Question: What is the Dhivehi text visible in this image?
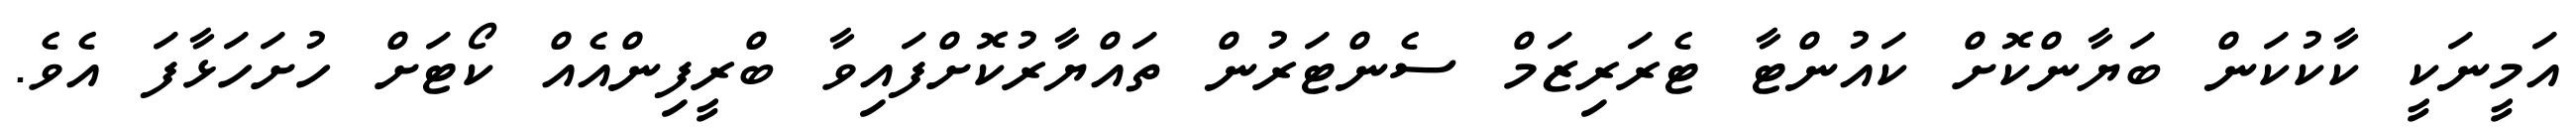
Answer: އަމީނަކީ ކާކުކަން ބަޔާންކޮށް ކައުންޓާ ޓެރަރިޒަމް ސެންޓަރުން ތައްޔާރުކޮށްފައިވާ ބްރީފިންއެއް ކޯޓަށް ހުށަހަޅާފަ އެވެ.